Leaving Certificate Examination, 1903
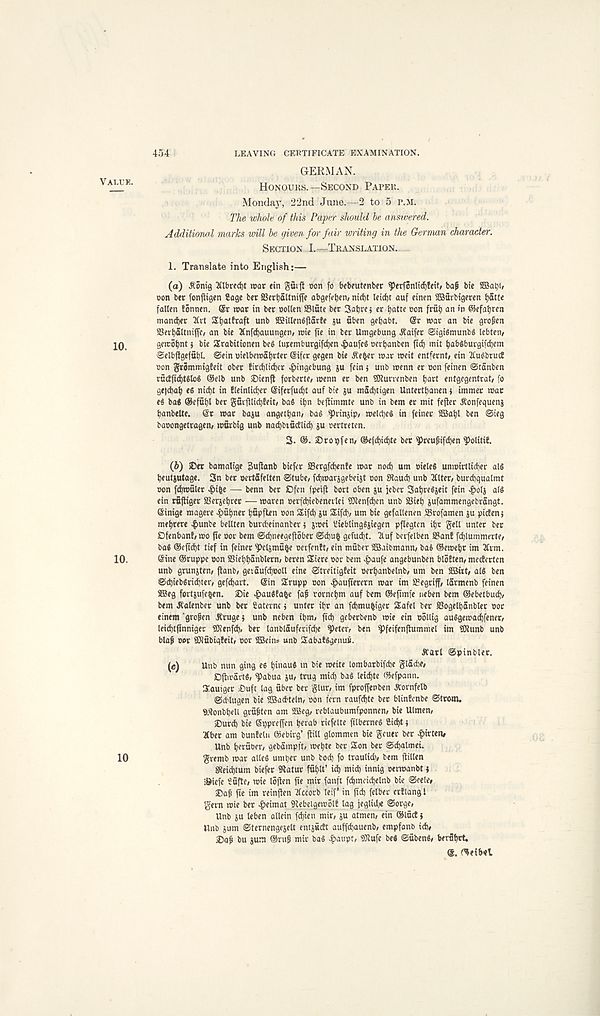
454
LEAVING CERTIFICATE EXAMINATION.
GERMAN,
Honours.—Second Paper.
Monday, 22nd June.—2 to 5 r.M.
The whole of this Paper should be answered.
Additional marks will be given for fair writing in the German character.
Section I.—Translation..
1. Translate into English:—
(a) A' onig 2tlbred)t roar ein guift con fo bebfutenber ^)erfonlid)!cit, bap bte
Don ber fonfligcn ?age bet SBcrljaltnifl' e abgefetjen, nirf)t Ieid)t auf einen SBurbigeren i)5. tU
fallen tonnen. ®r war in ber Dollen S3lute ber Sabre j er batte non frfib an »n ©efabren
man<ber 2Ivt Sbalfraft unb SBillenfijlarte ju nben gebabt. @r war an bie gropen
aSerbaltnijfc, an bie Xnfcbauungen, wie fie in ber Umgebung ^aifer @igiSmunb§ lebten/
gewobntj bie Srabitionen be§ luremburgifcben ^aufeg oerbanben ftcb mit babsburgifcbem
Selbftgefubl. ©ein uielbemabrler (Sifcr gegen bie ite^er war weit entfernt/ ein 2Iu^bru(f
Don grommigfeit ober fird)lid)er ^>ingebung ju fein 5 unb wenn er Don feinen ©tanben
rucEficbtSloS ®e!b unb £>ienft forberte/ menn er ben SKunenben b^t entgegentrat, fo
gefcbab e« nicbt in !leinlid;er @iferfud)t auf bte ju macbtigen Untertbanen j immer war
e^ ba« ®efubl ber g8ifllid)teit, bad ibn bejlimmte unb in bem er mil fefter ^onfeguenj
banbette. ®r war baju angetbati/ bad ^rinjip/ weldjed in feinet SBJabl ben ©ieg
baoongetragen/ worbig unb nadjbiudlid) gu rertreten.
3. ®. Dropfen/ ®e}d)id)te ber ^reupifdjen ^olitif.
(ft) iDet bamalige guflanb biefer SSergfcbenfe war nod) urn Dieted unwirtlicber aid
beutgutage. 3n ber oertfifelten ©tube, fd)warggebeigt Don Staud) unb 2Clter, burcbqualmt
Don fdjwuler | >ibe — benn ber Ofcn fpeift bort oben gu jeber Sabredgeit fein >£olg aid
ein rufliger SBergebrer — waren Derfd)iebenevlei SKenfdjen unb iBiel) gufammengebrangt.
Sinige magere Subnet bupften Don Sifd) gu $ifd), um bie gefallenen SBrofamen gu picten;
mebrere 4>unbe bellten burcbeinanber 5 gwei bieblingdgiegen pflegten ib* gell unter ber
Dfenban!, wo fie oor bem ©cbneegejlober ©cbufc gefud)t. Huf bcvfelben S?an! fcbtummerte,
bad ®efid)t tief in feiner $>clgmu&e oerfentt, ein muber aBaibmann, bad ®ewebr im 2iim.
(Sine ©ruppe Don SSiebbanblern, beren Siere oor bem ^>aufe angebunben bloEten, mederten
unb grungten, flanb, gevaufd)Doll eine ©treitigfeit oerbanbelnb, urn ben iffikt, aid ben
©d)iebdrid)ter, gefdjart. ®in Srupp Don ^aufterern war im 2?egriff, larmenb feinen
Sffi eg fortgufeben. ®ie ^>audfa6e fap rovncbm auf bem ffieftmie neben bem ©ebetbud),
bem ^alenber unb ber Caternc j unter ifr an fdjmubiger SEafel ber aSogelbanbler Dor
einem ‘gropen R' ruge j unb neben ibm, fid) geberbenb wie ein Dollig audgewad)fener,
leicbtfinnigei- 9Jienfd), ber lanblauferifd)e ^)eter, ben ^)feifenflummel im 9Jtimb unb
blap Dor iOiubigEeit, dov 9Bcitt= unb SEabatdgenuii.
A' arl ©pinbler.
( c ) Unb nun ging ed t)inaud tn bie weite lombarbifcbe g la die,
Dfttravtd, ^abua gu, trug mid) bad leid)te ©efpann.
Slautger £>uft lag fiber ber glur, im fproffenben A' ornfelb
©d' lugen bie UBadteln, dou fern raufd)te ber blinEenbe ©trom.
aRonbljeU grfiptcn am 2Beg, reblaubumfponnen, bie Ulmen,
£)urd) bie Sppreffcn tjerab ricfelte ftlberned S:id)t • ,
Kber am bunEeln ©ebirg’ (till glommen bie gcuer ber ^)irten,
Unb tjerfiber, gebampft, metjte ber Son ber @d)almei.
gremb war ailed umtjer unb bod) fo traulid), bem fiillen
sReid)tum biefer Sftatur ffit>lt’ icb mid) innig oerwanbt i
i&iefe bfifte, wie loflen fie mir fanft fd^meidjelnb bte ©eele,
®ap fie im reinften tfccorb leif' in (id) felber erElang l
gem wie ber £eimat 9tebeigewolE lag (eglidje ©orge,
Unb gu leben allein fd)ien mir, gu atmen, ein ©IficE}
Unb gum ©ternengegelt entgficEt auffcfyiuenb, empfanb id),
J)ap bu gum ®rup mir bad ^aupt, ©tufe bed ©fibend, berfifirt.
©etbol